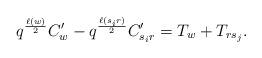
LaTeX: \begin{align*}q^{\frac{\ell(w)}{2}}C'_w-q^{\frac{\ell(s_i r)}{2}}C'_{s_ir}=T_w+T_{rs_j}.\end{align*}